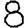
Digit: 8